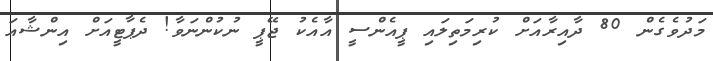
މަދުވެގެން 80 ދާއިރާއަށް ކުރިމަތިލައި ޕީއެންސީ އާއެކު ޖޭޕީ ނުކުންނަވާ! ދެޕާޓީއަށް އިންޝާއަ